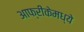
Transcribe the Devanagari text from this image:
आफ्रीकेमध्ये